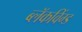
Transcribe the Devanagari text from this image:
ब्लॅकविंग्ड